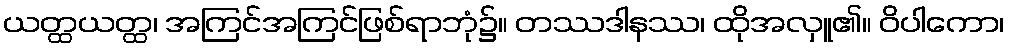
ယတ္ထယတ္ထ၊ အကြင်အကြင်ဖြစ်ရာဘုံ၌။ တဿဒါနဿ၊ ထိုအလှူ၏။ ဝိပါကော၊